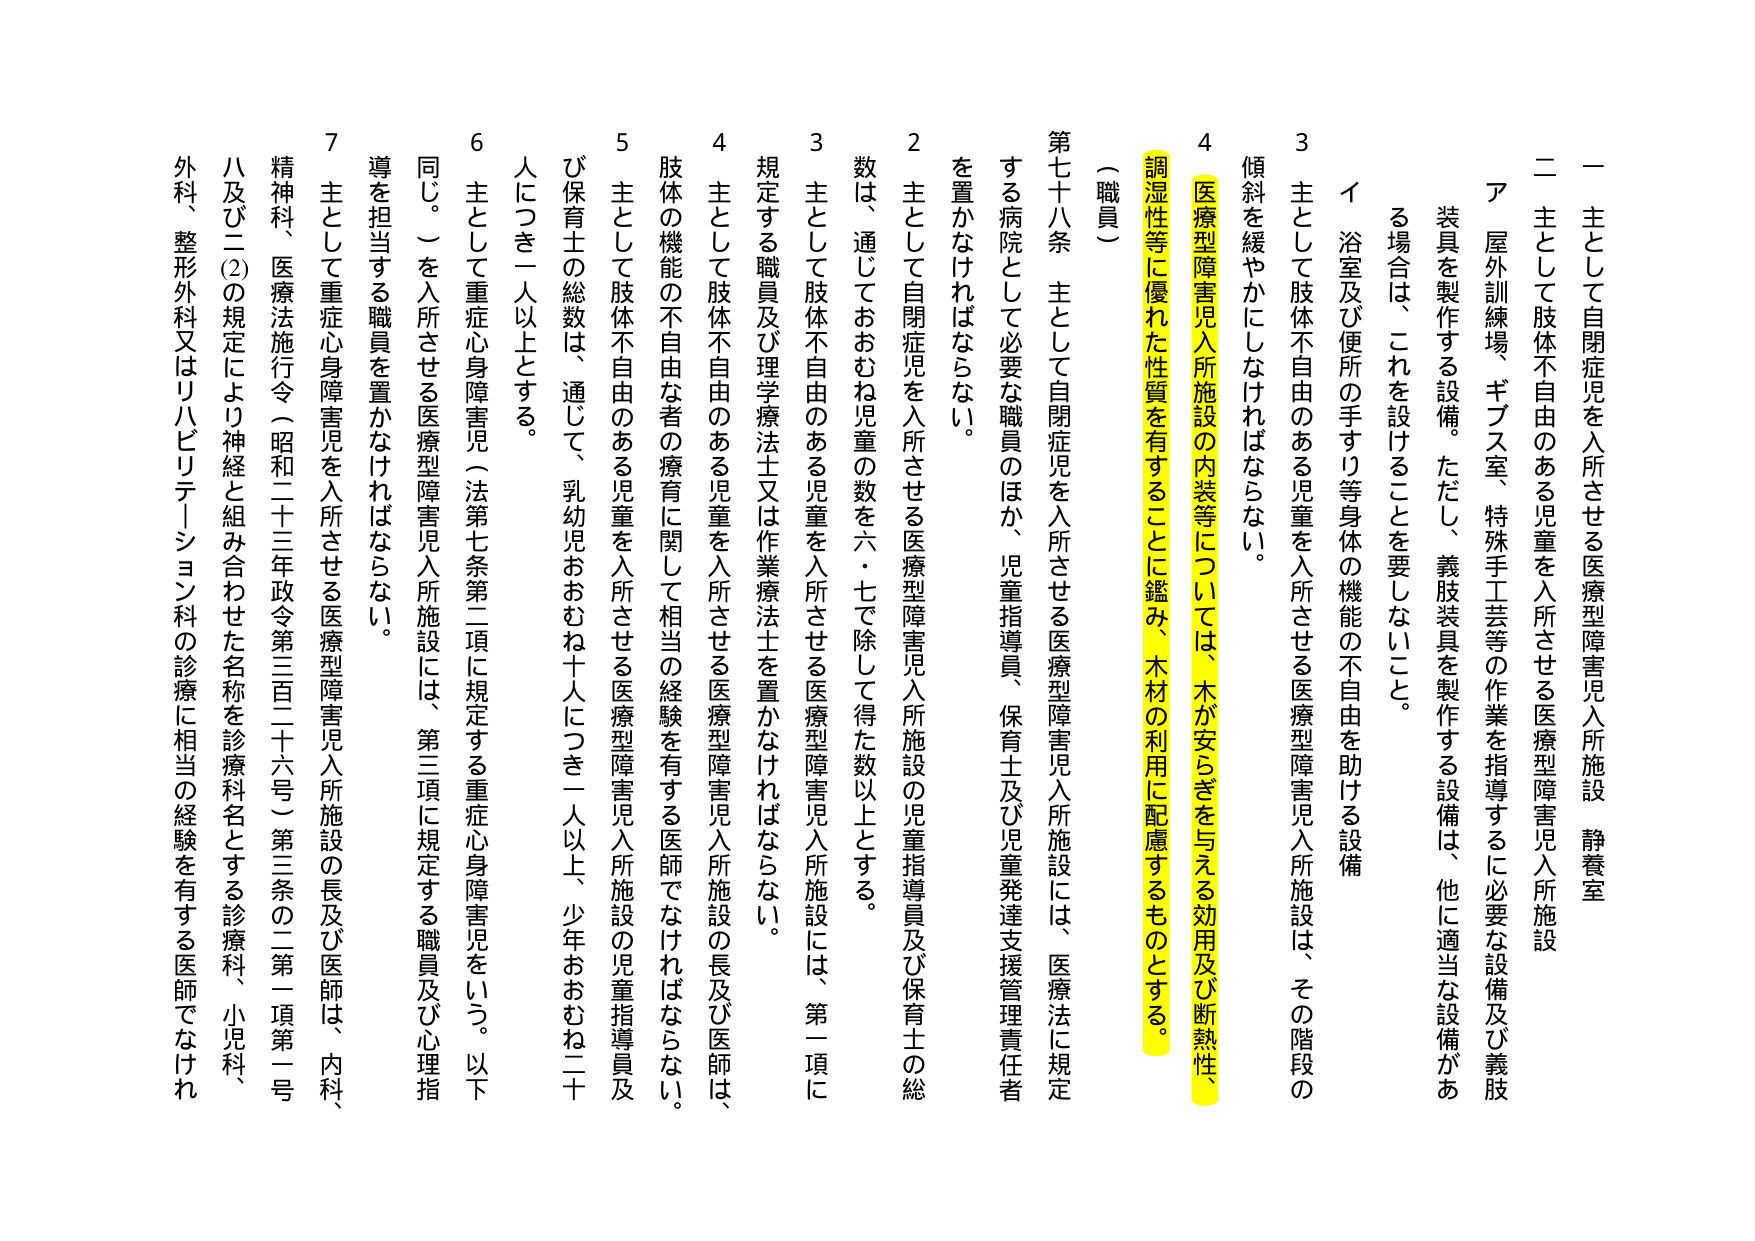
一 主として自閉症児を入所させる医療型障害児入所施設 静養室
二 主として肢体不自由のある児童を入所させる医療型障害児入所施設
　ア 屋外訓練場、ギブス室、特殊手工芸等の作業を指導するに必要な設備及び義肢
　　装具を製作する設備。ただし、義肢装具を製作する設備は、他に適当な設備があ
　　る場合は、これを設けることを要しないこと。
　イ 浴室及び便所の手すり等身体の機能の不自由を助ける設備
　　3 主として肢体不自由のある児童を入所させる医療型障害児入所施設は、その階段の
　　傾斜を緩やかにしなければならない。
　　4 医療型障害児入所施設の内装等については、木が安らぎを与える効用及び断熱性、
　　調湿性等に優れた性質を有することに鑑み、木材の利用に配慮するものとする。
（職員）
第七十八条 主として自閉症児を入所させる医療型障害児入所施設には、医療法に規定
　する病院として必要な職員のほか、児童指導員、保育士及び児童発達支援管理責任者
　を置かなければならない。
　2 主として自閉症児を入所させる医療型障害児入所施設の児童指導員及び保育士の総
　数は、通じておおむね児童の数を六・七で除して得た数以上とする。
　3 主として肢体不自由のある児童を入所させる医療型障害児入所施設には、第一項に
　規定する職員及び理学療法士又は作業療法士を置かなければならない。
　4 主として肢体不自由のある児童を入所させる医療型障害児入所施設の長及び医師は、
　肢体の機能の不自由な者の療育に関して相当の経験を有する医師でなければならない。
　5 主として肢体不自由のある児童を入所させる医療型障害児入所施設の児童指導員及
　び保育士の総数は、通じて、乳幼児おおむね十人につき一人以上、少年おおむね二十
　人につき一人以上とする。
　6 主として重症心身障害児（法第七条第二項に規定する重症心身障害児をいう。以下
　同じ。）を入所させる医療型障害児入所施設には、第三項に規定する職員及び心理指
　導を担当する職員を置かなければならない。
　7 主として重症心身障害児を入所させる医療型障害児入所施設の長及び医師は、内科、
　精神科、医療法施行令（昭和二十三年政令第三百二十六号）第三条の二第一項第一号
　及び二(2)の規定により神経と組み合わせた名称を診療科名とする診療科、小児科、
　外科、整形外科又はリハビリテーション科の診療に相当の経験を有する医師でなけれ